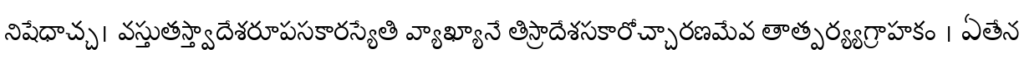
నిషేధాచ్చ। వస్తుతస్త్వాదేశరూపసకారస్యేతి వ్యాఖ్యానే తిస్రాదేశసకారోచ్చారణమేవ తాత్పర్య్యగ్రాహకం । ఏతేన